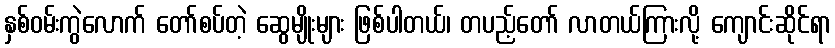
နှစ်ဝမ်းကွဲလောက် တော်စပ်တဲ့ ဆွေမျိုးများ ဖြစ်ပါတယ်၊ တပည့်တော် လာတယ်ကြားလို့ ကျောင်းဆိုင်ရာ